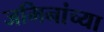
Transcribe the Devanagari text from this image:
जमिनांच्या